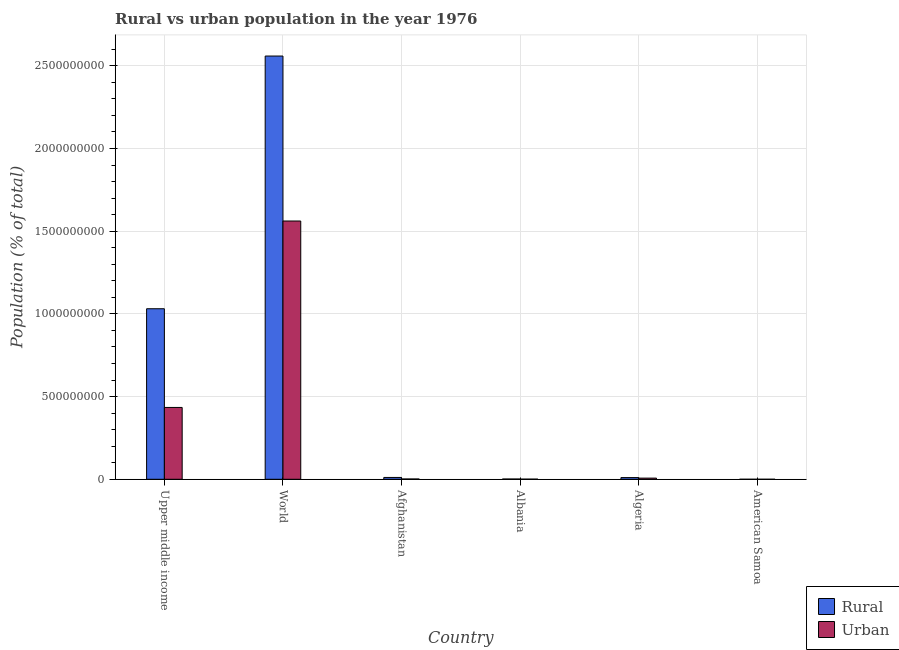
| Country | Rural | Urban |
 | --- | --- | --- |
 | Upper middle income | 1.03e+09 | 4.34e+08 |
 | World | 2.56e+09 | 1.56e+09 |
 | Afghanistan | 1.1e+07 | 1.8e+06 |
 | Albania | 1.65e+06 | 8.09e+05 |
 | Algeria | 1.02e+07 | 6.96e+06 |
 | American Samoa | 8.27e+03 | 2.21e+04 |